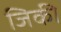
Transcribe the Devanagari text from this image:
जिकी